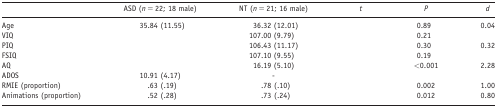
<table><thead><tr><td>[EMPTY_CELL]</td><td><b>ASD (<i>n</i> = 22; 18 male)</b></td><td><b>NT (<i>n</i> = 21; 16 male)</b></td><td><b><i>t</i></b></td><td><b><i>P</i></b></td><td><b><i>d</i></b></td></tr></thead><tbody><tr><td>Age</td><td>35.84 (11.55)</td><td>36.32 (12.01)</td><td>[EMPTY_CELL]</td><td>0.89</td><td>0.04</td></tr><tr><td>VIQ</td><td>[EMPTY_CELL]</td><td>107.00 (9.79)</td><td>[EMPTY_CELL]</td><td>0.21</td><td>[EMPTY_CELL]</td></tr><tr><td>PIQ</td><td>[EMPTY_CELL]</td><td>106.43 (11.17)</td><td>[EMPTY_CELL]</td><td>0.30</td><td>0.32</td></tr><tr><td>FSIQ</td><td>[EMPTY_CELL]</td><td>107.10 (9.55)</td><td>[EMPTY_CELL]</td><td>0.19</td><td>[EMPTY_CELL]</td></tr><tr><td>AQ</td><td>[EMPTY_CELL]</td><td>16.19 (5.10)</td><td>[EMPTY_CELL]</td><td>&lt;0.001</td><td>2.28</td></tr><tr><td>ADOS</td><td>10.91 (4.17)</td><td>‐</td><td>[EMPTY_CELL]</td><td>[EMPTY_CELL]</td><td>[EMPTY_CELL]</td></tr><tr><td>RMIE (proportion)</td><td>.63 (.19)</td><td>.78 (.10)</td><td>[EMPTY_CELL]</td><td>0.002</td><td>1.00</td></tr><tr><td>Animations (proportion)</td><td>.52 (.28)</td><td>.73 (.24)</td><td>[EMPTY_CELL]</td><td>0.012</td><td>0.80</td></tr></tbody></table>